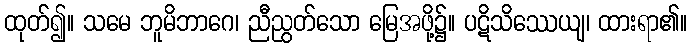
ထုတ်၍။ သမေ ဘူမိဘာဂေ၊ ညီညွတ်သော မြေအဖို့၌။ ပဋိသိဿေယျ၊ ထားရာ၏။